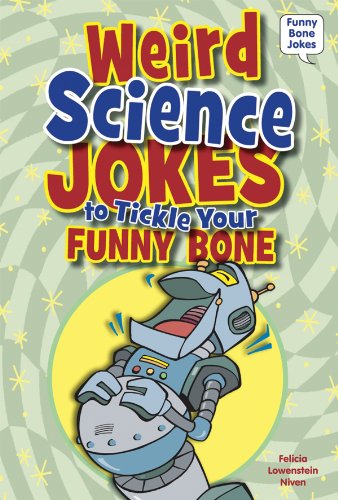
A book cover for Weird Science Jokes to Tickle Your Funny Bone (Funny Bone Jokes); Felicia Lowenstein Niven; Humor & Entertainment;